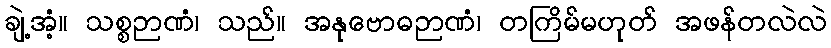
ချဲ့အံ့။ သစ္စဉာဏံ၊ သည်။ အနုဗောဓဉာဏံ၊ တကြိမ်မဟုတ် အဖန်တလဲလဲ